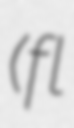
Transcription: (fl